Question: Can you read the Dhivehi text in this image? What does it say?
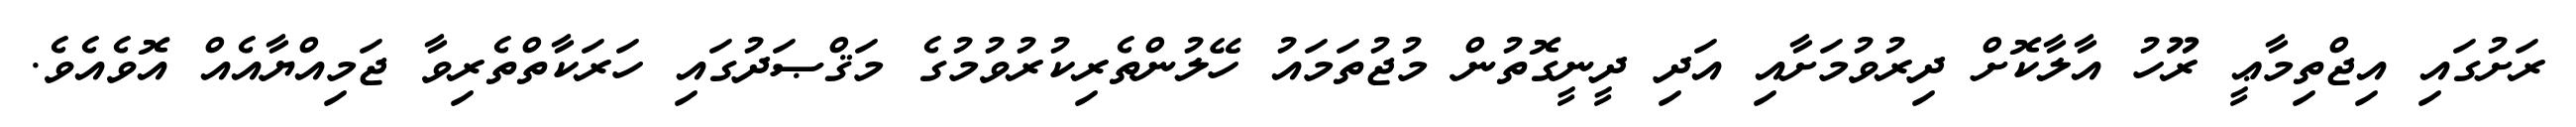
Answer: ރަށުގައި އިޖްތިމާޢީ ރޫހު އާލާކޮށް ދިރުވުމަށާއި އަދި ދީނީގޮތުން މުޖުތަމައު ހޭލުންތެރިކުރުވުމުގެ މަޤްޞަދުގައި ހަރަކާތްތެރިވާ ޖަމިއްޔާއެއް އޮވެއެވެ.